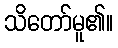
သိတော်မူ၏။